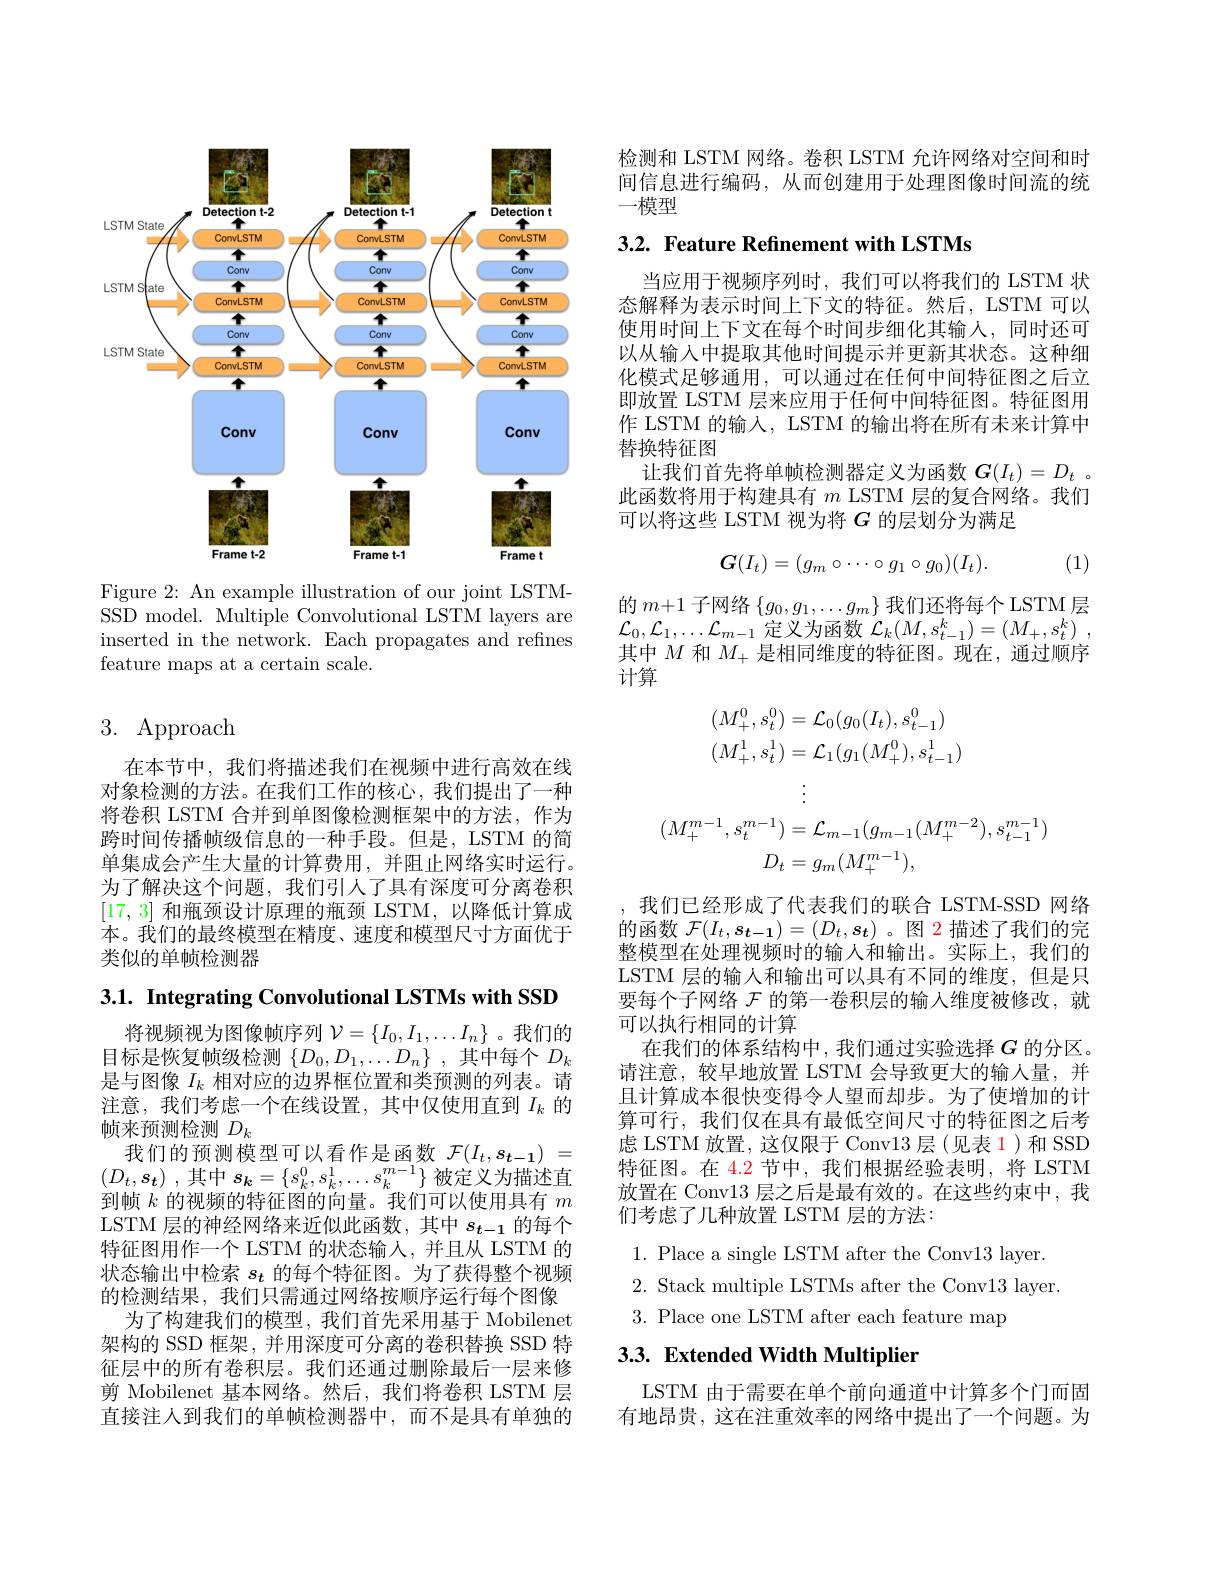
<FigureHere>

Figure 2: An example illustration of our joint LSTMSSD model. Multiple Convolutional LSTM layers are inserted in the network. Each propagates and refines feature maps at a certain scale.

## 3. Approach

在本节中，我们将描述我们在视频中进行高效在线对象检测的方法。在我们工作的核心，我们提出了一种将卷积 LSTM 合并到单图像检测框架中的方法，作为跨时间传播帧级信息的一种手段。但是，LSTM 的简单集成会产生大量的计算费用，并阻止网络实时运行。为了解决这个问题，我们引人了具有深度可分离卷积[17,3]和瓶颈设计原理的瓶颈 LSTM,以降低计算成本。我们的最终模型在精度、速度和模型尺寸方面优于类似的单帧检测器

3.1. Integrating Convolutional LSTMs with SSD

将视频视为图像帧序列$\mathcal{V}=\{I_0,I_1,\ldots I_n\}$ 。我们的目标是恢复帧级检测$\{D_0,D_1,\ldots D_n\}$ ,其中每个$D_k$ 是与图像$I_k$相对应的边界框位置和类预测的列表。请注意，我们考虑一个在线设置，其中仅使用直到$I_k$的帧来预测检测$D_k$
我们的预测模型可以看作是函数$\mathcal{F} ( I_t, s_{t- 1})$ = $( D_t, s_t)$ ,其中$s_k=\{s_k^0,s_k^1,\ldots s_k^{m-1}\}$被定义为描述直到帧$k$的视频的特征图的向量。我们可以使用具有$m$ LSTM 层的神经网络来近似此函数，其中$s_t-1$的每个特征图用作一个 LSTM 的状态输人，并且从 LSTM 的状态输出中检索$s_t$的每个特征图。为了获得整个视频的检测结果，我们只需通过网络按顺序运行每个图像
为了构建我们的模型，我们首先采用基于 Mobilenet 架构的 SSD 框架，并用深度可分离的卷积替换 SSD 特征层中的所有卷积层。我们还通过删除最后一层来修剪 Mobilenet 基本网络。然后，我们将卷积 LSTM 层直接注人到我们的单帧检测器中，而不是具有单独的

检测和 LSTM 网络。卷积 LSTM 允许网络对空间和时间信息进行编码，从而创建用于处理图像时间流的统一模型

$3. 2. \textbf{ Feature Refinement with LSTMs}$

当应用于视频序列时，我们可以将我们的 LSTM 状态解释为表示时间上下文的特征。然后，LSTM 可以使用时间上下文在每个时间步细化其输人，同时还可以从输入中提取其他时间提示并更新其状态。这种细化模式足够通用，可以通过在任何中间特征图之后立即放置 LSTM 层来应用于任何中间特征图。特征图用作 LSTM 的输入，LSTM 的输出将在所有未来计算中替换特征图
让我们首先将单帧检测器定义为函数$G(I_t)=D_t$ 。此函数将用于构建具有$m$ LSTM 层的复合网络。我们可以将这些 LSTM 视为将$G$的层划分为满足
$$G(I_t)=(g_m\circ\cdots\circ g_1\circ g_0)(I_t).$$
(1)

的$m+1$子网络$\{g_0,g_1,\ldots g_m\}$我们还将每个 LSTM 层$\mathcal{L}_0,\mathcal{L}_1,\ldots\mathcal{L}_{m-1}$定义为函数$\mathcal{L} _k( M, s_t- 1^k) = ( M_+ , s_t^k)$ , 其中$M$和$M_+$是相同维度的特征图。现在，通过顺序计算
$$\begin{aligned}(M_{+}^{0},s_{t}^{0})&=\mathcal{L}_{0}(g_{0}(I_{t}),s_{t-1}^{0})\\(M_{+}^{1},s_{t}^{1})&=\mathcal{L}_{1}(g_{1}(M_{+}^{0}),s_{t-1}^{1})\\&\vdots\\(M_{+}^{m-1},s_{t}^{m-1})&=\mathcal{L}_{m-1}(g_{m-1}(M_{+}^{m-2}),s_{t-1}^{m-1})\\D_{t}&=g_{m}(M_{+}^{m-1}),\end{aligned}$$
我们已经形成了代表我们的联合 LSTM-SSD 网络的函数$\mathcal{F}(I_t,s_{t-1})=(D_t,s_t)$ 。图 2 描述了我们的完整模型在处理视频时的输入和输出。实际上，我们的LSTM 层的输入和输出可以具有不同的维度，但是只要每个子网络$\mathcal{F}$的第一卷积层的输入维度被修改，就可以执行相同的计算
在我们的体系结构中，我们通过实验选择$G$的分区。请注意，较早地放置 LSTM 会导致更大的输人量，并且计算成本很快变得令人望而却步。为了使增加的计算可行，我们仅在具有最低空间尺寸的特征图之后考虑 LSTM 放置，这仅限于 Conv13 层(见表1)和 SSD 特征图。在 4.2 节中，我们根据经验表明，将 LSTM 放置在 Conv13 层之后是最有效的。在这些约束中，我们考虑了几种放置 LSTM 层的方法：
1. Place a single LSTM after the Conv13 layer. 2. Stack multiple LSTMs after the Conv13 layer.

3. Place one LSTM after each feature map

# 3.3. Extended Width Multiplier

LSTM 由于需要在单个前向通道中计算多个门而固有地昂贵，这在注重效率的网络中提出了一个问题。为